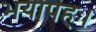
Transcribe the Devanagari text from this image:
भयापहः।